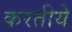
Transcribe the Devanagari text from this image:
करतीये